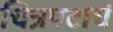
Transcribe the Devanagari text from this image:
चित्रपटांचं